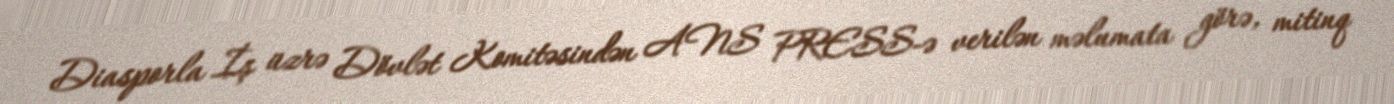
Diasporla İş üzrə Dövlət Komitəsindən ANS PRESS-ə verilən məlumata görə, mitinq